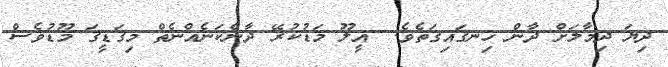
ދިޔަ ދިމާލަށް ދާން ހިނގައިގަތެވެ.  އީލޫ މަޑުކުރޭ ދާނެކަނެއްނެތް މިގަޑީގަ މޫޑުވެސް